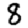
Digit: 8